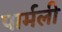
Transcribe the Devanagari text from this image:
पार्मली